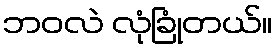
ဘဝလဲ လုံခြုံတယ်။